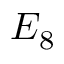
E _ { 8 }